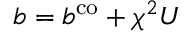
b = b ^ { \mathrm { c o } } + \chi ^ { 2 } U